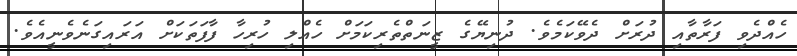
ހެއްދެވި ފަރާތާއި ދުރަށް ދެވޭކަމެވެ. ދުނިޔޭގެ ޒީނަތްތެރިކަމަށް ހެއްލި ހުރިހާ ފާފަތަކަށް އަރައިގަނެވެނީއެވެ.